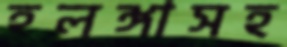
হলঙ্গাসহ